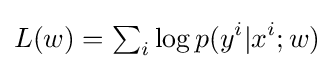
L(w)=\textstyle \sum _{i}\displaystyle \log p(y^{i}|x^{i};w)